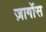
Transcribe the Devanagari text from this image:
ज़ार्गोस